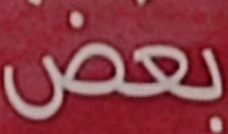
بعض